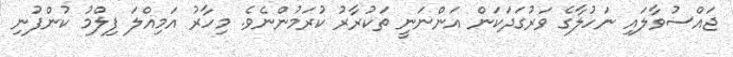
ޖައްސުވާލައި ނަހުލާގެ ވަރުގަދަކަން އަންނަނީ ތަކުރާރު ކުރަމުންނެވެ. މިހާރު އަމިއްލަ ފިލްމު ކުންފުނި